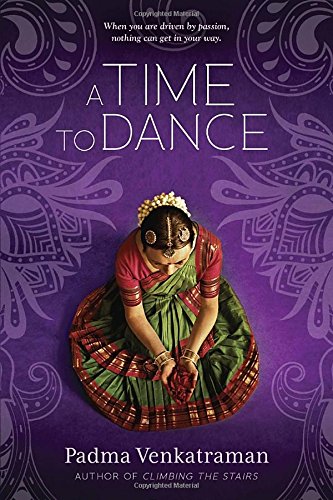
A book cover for A Time to Dance; Padma Venkatraman; Teen & Young Adult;